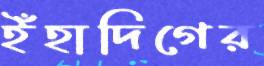
ইঁহাদিগের